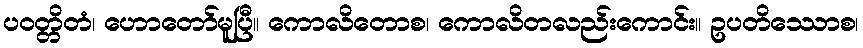
ပဝတ္တိတံ၊ ဟောတော်မူပြီ။ ကောလိတောစ၊ ကောလိတလည်းကောင်း။ ဥပတိဿောစ၊